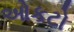
ઓકટો